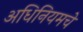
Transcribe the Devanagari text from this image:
अधिनियमचे